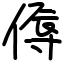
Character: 傉